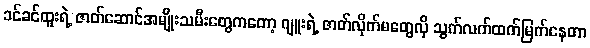
ခင်ခင်ထူးရဲ့ ဇာတ်ဆောင်အမျိုးသမီးတွေကတော့ ဂျူးရဲ့ ဇာတ်လိုက်မတွေလို သွက်လက်ထက်မြက်နေတာ